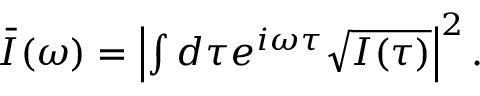
\begin{array} { r } { \bar { I } ( \omega ) = \left| \int d \tau e ^ { i \omega \tau } \sqrt { I ( \tau ) } \right| ^ { 2 } . } \end{array}